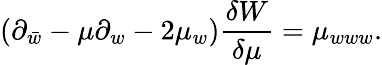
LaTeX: (\partial_{\bar{w}}-\mu\partial_{w}-2\mu_{w}){\frac{\delta W}{\delta\mu}}=\mu_{www}.